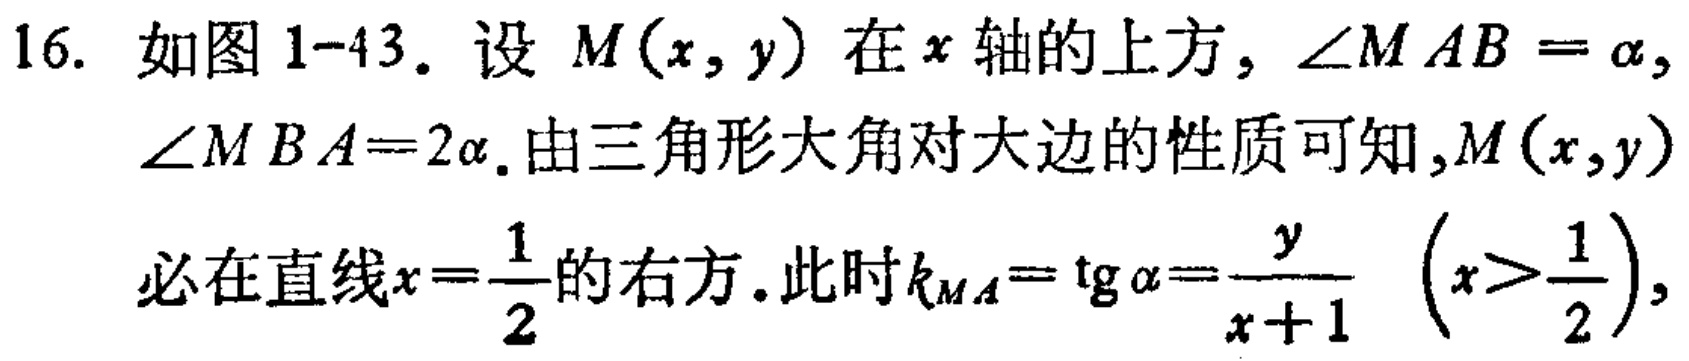
16. 如图1-43. 设 \(M(x,y)\) 在 \(x\) 轴的上方, \(\angle MAB = \alpha\), \(\angle MBA = 2\alpha\). 由三角形大角对大边的性质可知, \(M(x,y)\) 必在直线 \(x = \frac{1}{2}\) 的右方. 此时 \(k_{MA}=\mathrm{tg}\alpha=\frac{y}{x + 1}\left(x>\frac{1}{2}\right)\),